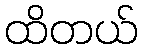
ထိတယ်